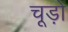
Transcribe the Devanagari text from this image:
चूड़ो